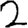
Digit: 2